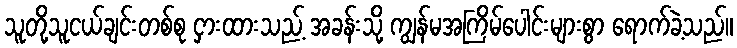
သူတို့သူငယ်ချင်းတစ်စု ငှားထားသည့် အခန်းသို့ ကျွန်မအကြိမ်ပေါင်းများစွာ ရောက်ခဲ့သည်။